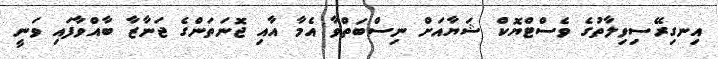
އިނގިރޭސިވިލާތުގެ ވެސްޓްޔޮކް ޝަޔާއަށް ނިސްބަތްވާ އެމާ އާއި ޖޮނަތަންގެ ޖަނާޒާ ބާއްވާފައި ވަނީ